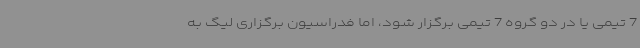
7 تیمی یا در دو گروه 7 تیمی برگزار شود، اما فدراسیون برگزاری لیگ به